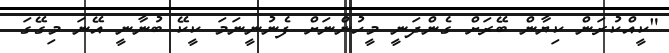
"ކީއްކުރަން ކިޔާން ބޭރަށް ގެންދަނީ މީހުންނަށް ފެނުނީނަމަ ކީކޭ ބުނާނީ އޭނަ މިގޭގަ